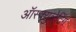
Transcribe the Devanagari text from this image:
ऑस्क्युलेटिंग